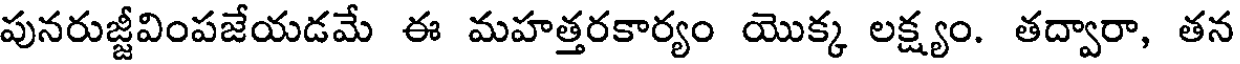
పునరుజ్జీవింపజేయడమే ఈ మహత్తరకార్యం యొక్క లక్ష్యం. తద్వారా, తన